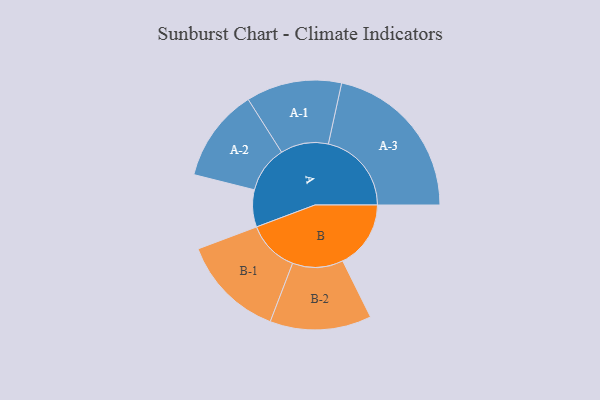
{"axis": {"x": "Segment", "y": "Value"}, "legend": ["", "A", "B"], "data": [{"x": "A", "y": 128, "type": ""}, {"x": "B", "y": 235, "type": ""}, {"x": "A-1", "y": 165, "type": "A"}, {"x": "A-2", "y": 161, "type": "A"}, {"x": "A-3", "y": 287, "type": "A"}, {"x": "B-1", "y": 179, "type": "B"}, {"x": "B-2", "y": 175, "type": "B"}]}